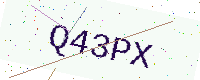
Text: Q43PX